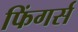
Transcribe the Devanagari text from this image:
फिंगर्स